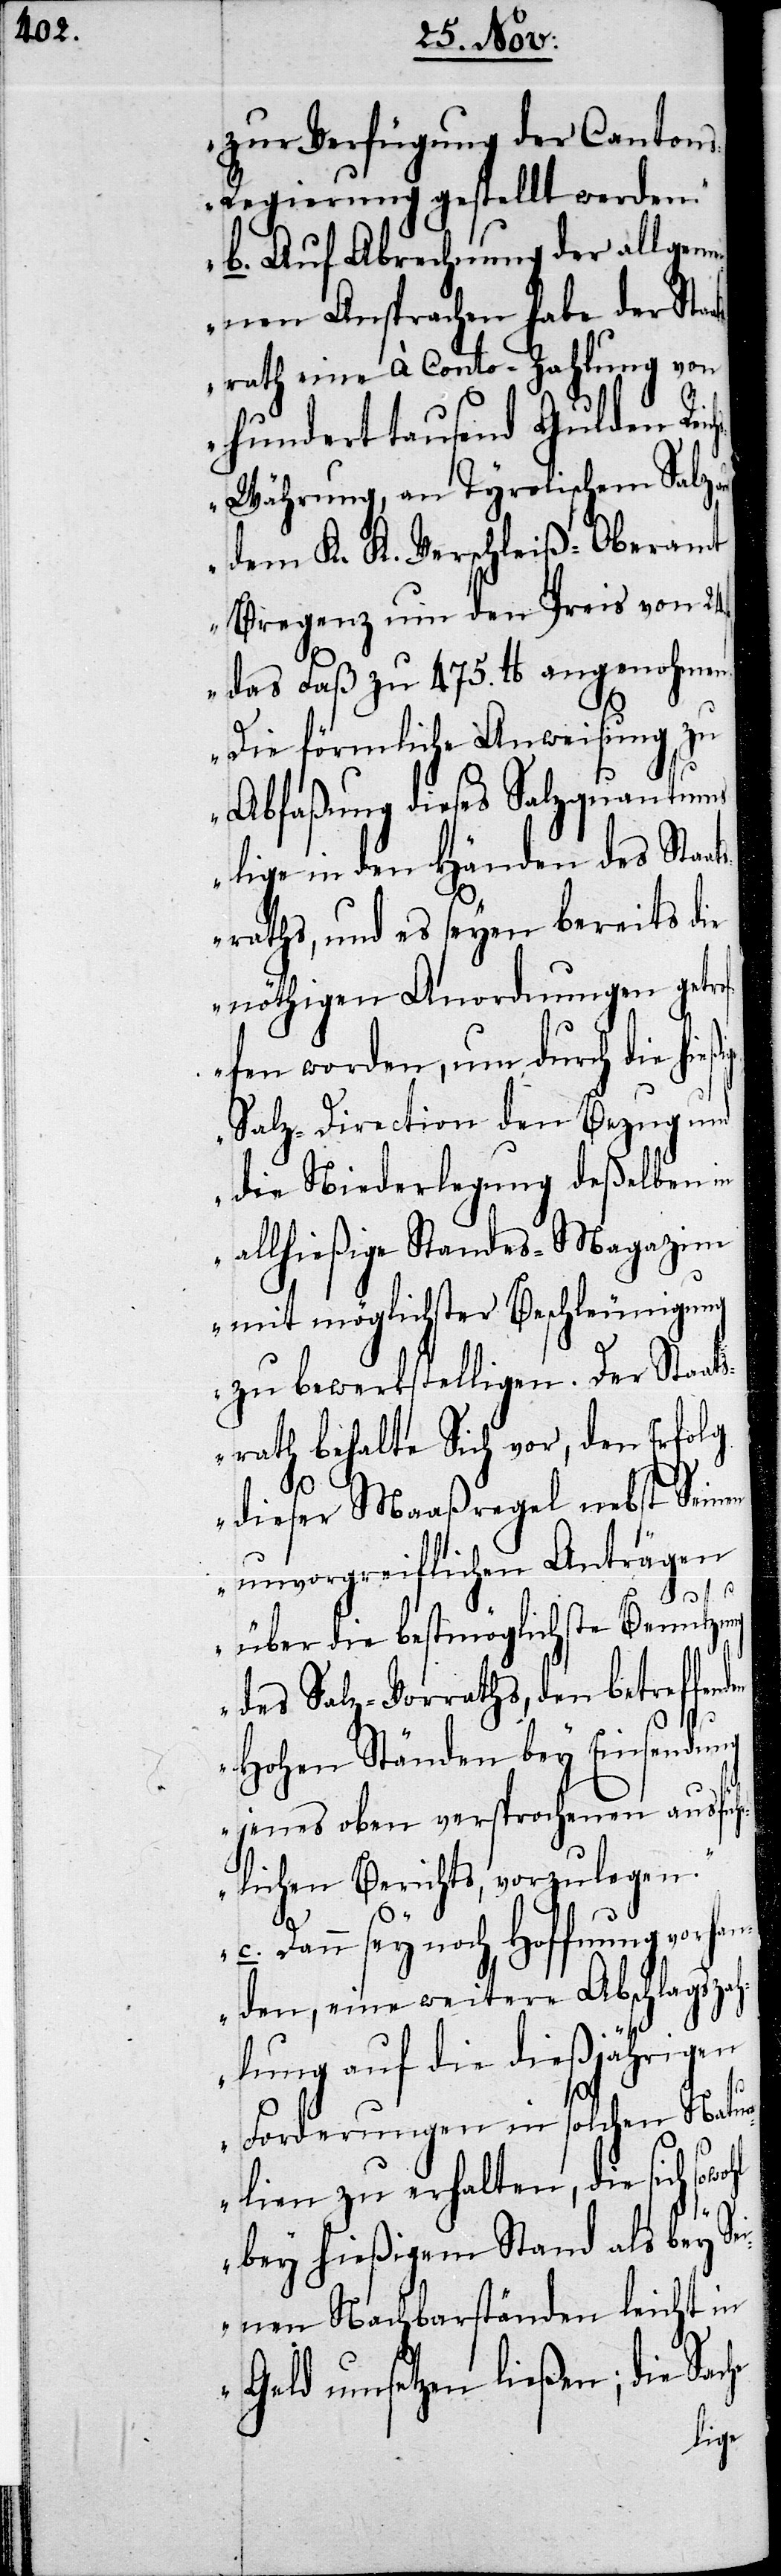
zur Verfügung der Canton¬
s-Regierung gestellt werden.
b. Auf Abrechnung der allgem¬
einen Ansprachen habe der Sta¬
rath eine à Conto-Zahlung von
hunderttausend Gulden Rei¬
swährung, an Tyrolischem Salz
dem K. K. Verschleiß-Oberamt
Bregenz um den Preis von 24.
das Faß zu 475. lb angenohmen.
Die förmliche Anweisung zu
Abfaßung dieses Salzquantums
lige in den Händen des Staa¬
sraths, und es seyen bereits die
nöthigen Anordnungen getro¬
fen worden, um durch die hie¬
Salz-Direction den Bezug und
die Niederlegung deßelben in
allhießige Standes-Magazine
mit möglichster Beschleunigung
zu bewerkstelligen. Der Staat¬
srath behalte sich vor, den Erfolg
dieser Maaßregel nebst seinen
unvorgreiflichen Anträgen
nden
über die bestmögliche Benutzung
des Salz-Vorraths, den betreffe¬
Hohen Ständen bey Einsendung
jenes oben versprochenen ausfü¬
hrlichen Berichts, vorzulegen.
f¬
c. Dann sey noch Hoffnung vorhan¬
den, eine weitere Abschlagszah¬
lung auf die dießjährigen
Forderungen in solchen Natur¬
alien zu erhalten, die sich
bey hießigem Stand als bey S¬
einen Nachbarständen leicht in
Geld umsetzen ließen; die Sache
ßige